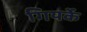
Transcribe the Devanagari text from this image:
गियर्के